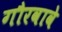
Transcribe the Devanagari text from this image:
गौरवावे